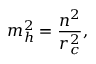
m _ { h } ^ { 2 } = \frac { n ^ { 2 } } { r _ { c } ^ { 2 } } ,